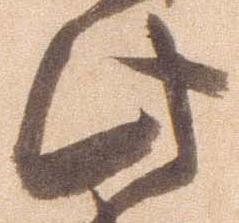
此